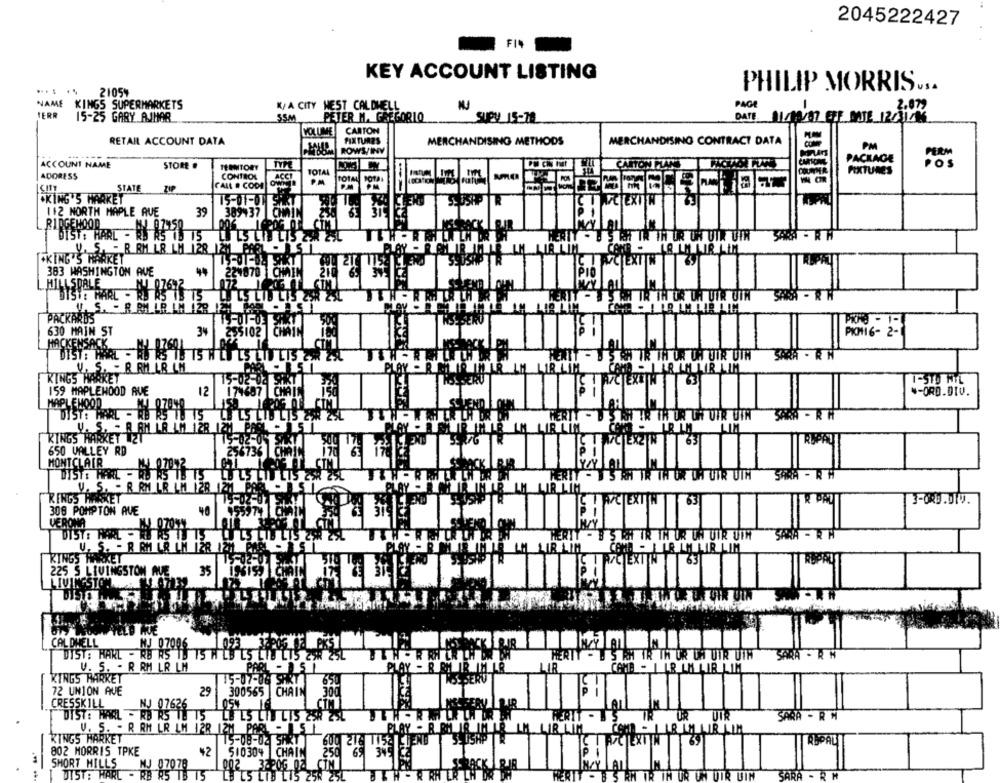
2045222427
FIN
KEY ACCOUNT LISTING
... ..
21059
PHILIP MORRIS ...
NAME
KINGS SUPERMARKETS
K/ A CITY HEST CALDHELL
PAG
-
2.072
TERR
15-25 GARY AJMAR
SSM
PETER M. GREGORIO
DATE 11/MUST BEF MATE 12/11/06
SUPY 15-70
VOLUME
CARTON
RETAIL ACCOUNT DATA
FIXTURES
MERCHANDISING METHODS
MERCHANDISING CONTRACT DATA
ROWS/INY
PM
PACKAGE
PERM
ACCOUNT NAME
STORE #
TYPE
POS
TEEMTORY
TOTAL
COUNTER
FIXTURES
ADDRESS
CONTROL
TOTAL BOTA1
STATE
ZIP
CALL . CODE
--
CKING'S MARKET
15-01-01
112 NORTH MAPLE AVE
39
389437
RIDGEWOOD
MJ 07450
DIST: HARL - RS RS 15 15
U. S. - B RM LR LH 128
AB IM LIR LIM
[*KING'S MARKET
CPCTEXTIN
6
383 WASHINGTON AVE
221870 CHAIN
65
3
PIO
HILLSDALE
DISTE WARL - AY BZ6
12
ULIS ZAR Z
PACKARDS
15-01-0: 41
630 MAIN ST
3%
255102 CHAIN
PKH16- 2-
HACKENSACK
5 RH IR TH OR UH UTR DIN
PLAY
AND - LAR LM LIR LIM
V. S. - R RM LR LM
KINGS HARKET
VCTEXTINT
63
1-510 AIL
159 MAPLEHOOD AVE
12
CHAIN
*- ORD.D10.
MAPLEMOOD
X. 0 7840
DIST: HAAL - RU RS 10 15
HERTY -
TR UR UH UFR UTH
SARA - RH
LE LS LID LIS &W
U. S. - 8 8M LR AM 128 124
LIR LIM
KINGS HARKEY ZT
CJEX2TW
650 VALLEY RD
256736 CHAI
MONTCLAIR
DIST: HAAL - WU KS IE TS
5 AH TR TH OR DA UTR UTH
U. S. - R RM LR LM 128
KINGS MARKET
VCTEXTIN
3-ORD .DIV .
308 POMPTON AVE
40
VERONA
07081
DIST: PARL - RW RS TU TS
5 ICH IR TH OR UN UTR UTH
SARA
U. S. - R RM LR LM 128
LIR LIM
KINGS MARKET
TEXT
225 S LIVINGSTON AUE
35
LIVINGSTON
VELD WUE
CALDWELL
2 07086
DIST: HAKL - RB RS 1D 15 H LB LS LIW LIS ZOR 25L
B S RH IR TW UR UH UTR UIN
SARA
V. S. - R RM LR LM
PARL - 51
CAMP - ILR LM LIR LIM
KINGS MARKET
15-07-06 5H37
-
72 UNION AVE
29
300565 CHAIN 300
CRESSKILL
NJ 07626
DIST: HARL - RD AS TE 15
UIR
SARA - RM
V. S. - R RM LR LM 12R 12M PARL - ISL
KINGS MARKET
15-08-02 5637
802 MORRIS TPKE
¥2
510304 CHAIN
250
SHORT HILLS
NJ 07078
002 32206.02
--
DIST: HARL - RB 85 1B 15
LE LS LIB LIS 25R 25L